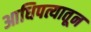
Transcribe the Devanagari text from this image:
आधिपत्यातून